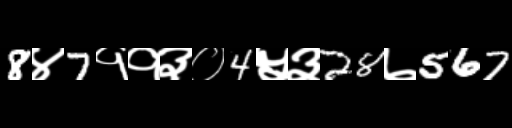
Text: 8४7११३०4५३28७567